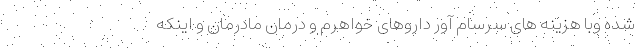
شده وبا هزینه های سرسام آور داروهای خواهرم و درمان مادرمان و اینکه